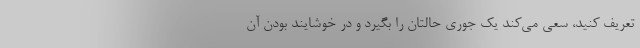
تعریف کنید، سعی می‌کند یک جوری حالتان را بگیرد و در خوشایند بودن آن